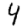
Digit: 4